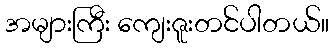
အများကြီး ကျေးဇူးတင်ပါတယ်။